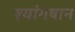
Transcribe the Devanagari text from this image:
श्यांगषान